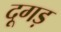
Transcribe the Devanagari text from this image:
दूगड़